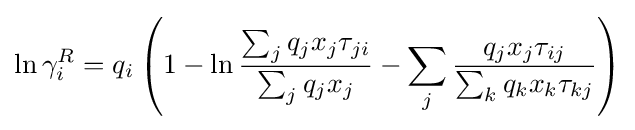
\ln \gamma _{i}^{R}=q_{i}\left(1-\ln {\frac {\sum _{j}q_{j}x_{j}\tau _{ji}}{\sum _{j}q_{j}x_{j}}}-\sum _{j}{\frac {q_{j}x_{j}\tau _{ij}}{\sum _{k}q_{k}x_{k}\tau _{kj}}}\right)